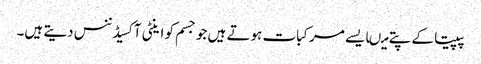
پپیتا کے پتے میںایسے مرکبات ہوتے ہیں جو جسم کو اینٹی آکسیڈننس دیتے ہیں۔